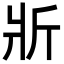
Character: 斨